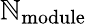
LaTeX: \mathbb{N}_{\mathrm{{module}}}